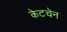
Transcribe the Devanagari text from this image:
केटचेन